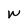
Character: w